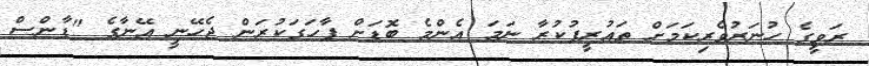
ރަވީގެ ހުނަރުވެރިކަމަށް ތައުރީފުކުރާ ނަމަ އެންމެ ބޮޑަށް ފާހަގަކުރަން ޖެހޭނީ އޭނާގެ "ޑާންސް